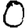
Digit: 0